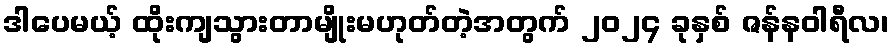
ဒါပေမယ့် ထိုးကျသွားတာမျိုးမဟုတ်တဲ့အတွက် ၂၀၂၄ ခုနှစ် ဇန်နဝါရီလ၊